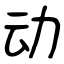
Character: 动